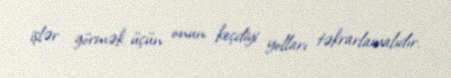
işlər görmək üçün onun keçdiyi yolları təkrarlamalıdır.